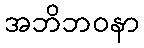
အဘိဘဝနာ